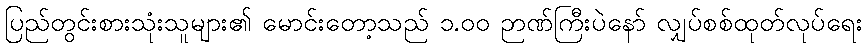
ပြည်တွင်းစားသုံးသူများ၏ မောင်းတော့သည် ၁.၀၀ ဉာဏ်ကြီးပဲနော် လျှပ်စစ်ထုတ်လုပ်ရေး